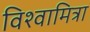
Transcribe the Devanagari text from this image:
विश्वामित्रा